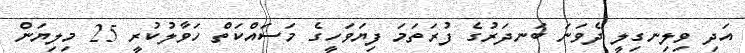
އަދި ވިލިނގިލީ ދެވަނަ ބަނދަރުގެ ފުރަތަމަ ފިޔަވަހީގެ މަސައްކަތް ހަވާލުކުރީ 25 މިލިޔަން